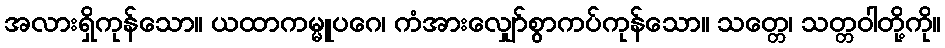
အလားရှိကုန်သော။ ယထာကမ္မူပဂေ၊ ကံအားလျှော်စွာကပ်ကုန်သော။ သတ္တေ၊ သတ္တဝါတို့ကို။